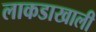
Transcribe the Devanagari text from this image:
लाकडाखाली